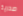
صدرية